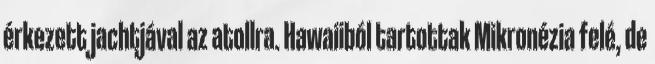
érkezett jachtjával az atollra. Hawaiiból tartottak Mikronézia felé, de